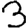
Digit: 3